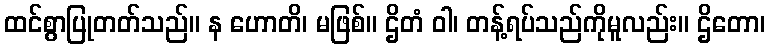
ထင်စွာပြုတတ်သည်။ န ဟောတိ၊ မဖြစ်။ ဌိတံ ဝါ၊ တန့်ရပ်သည်ကိုမူလည်း။ ဌိတော၊